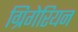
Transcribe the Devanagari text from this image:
ग्रिगेरियन